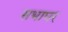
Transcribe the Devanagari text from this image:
सभाघर